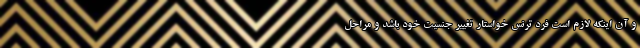
و آن اینکه لازم است فرد ترنس خواستار تغییر جنسیت خود باشد و مراحل